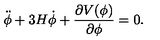
\ddot { \phi } + 3 H \dot { \phi } + { \frac { \partial V ( \phi ) } { \partial \phi } } = 0 .